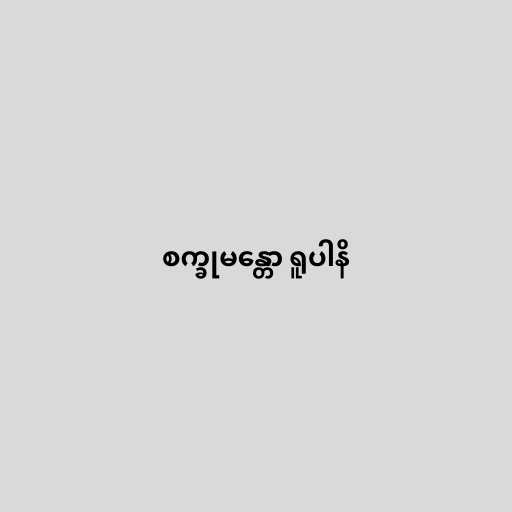
စက္ခုမန္တော ရူပါနိ